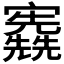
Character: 𡬃